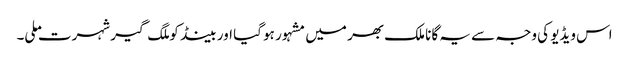
اس ویڈیو کی وجہ سے یہ گانا ملک بھر میں مشہور ہو گیا اور بینڈ کو ملگ گیر شہرت ملی۔